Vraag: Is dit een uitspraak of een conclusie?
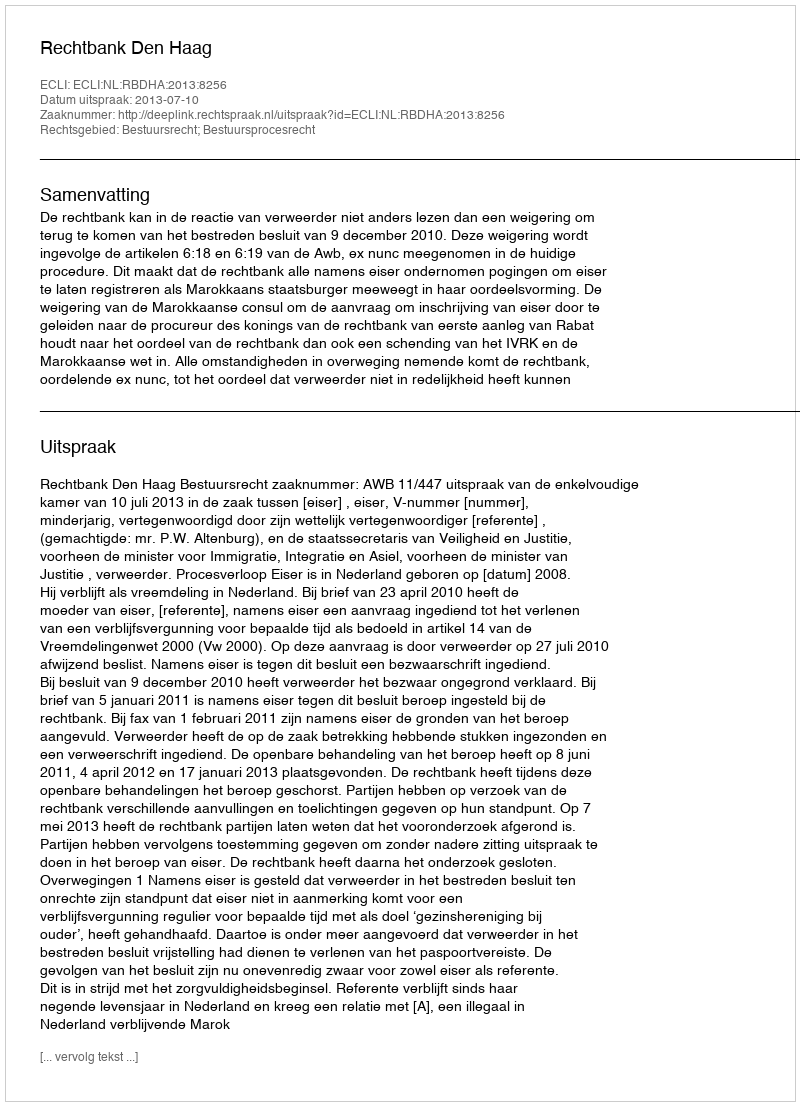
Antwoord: Uitspraak